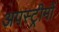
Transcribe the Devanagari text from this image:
अपस्ट्रीमों